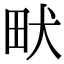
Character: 畎